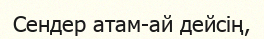
Сендер атам-ай дейсің,